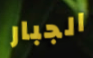
الجبار